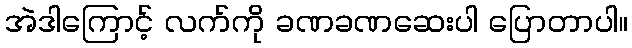
အဲဒါကြောင့် လက်ကို ခဏခဏဆေးပါ ပြောတာပါ။